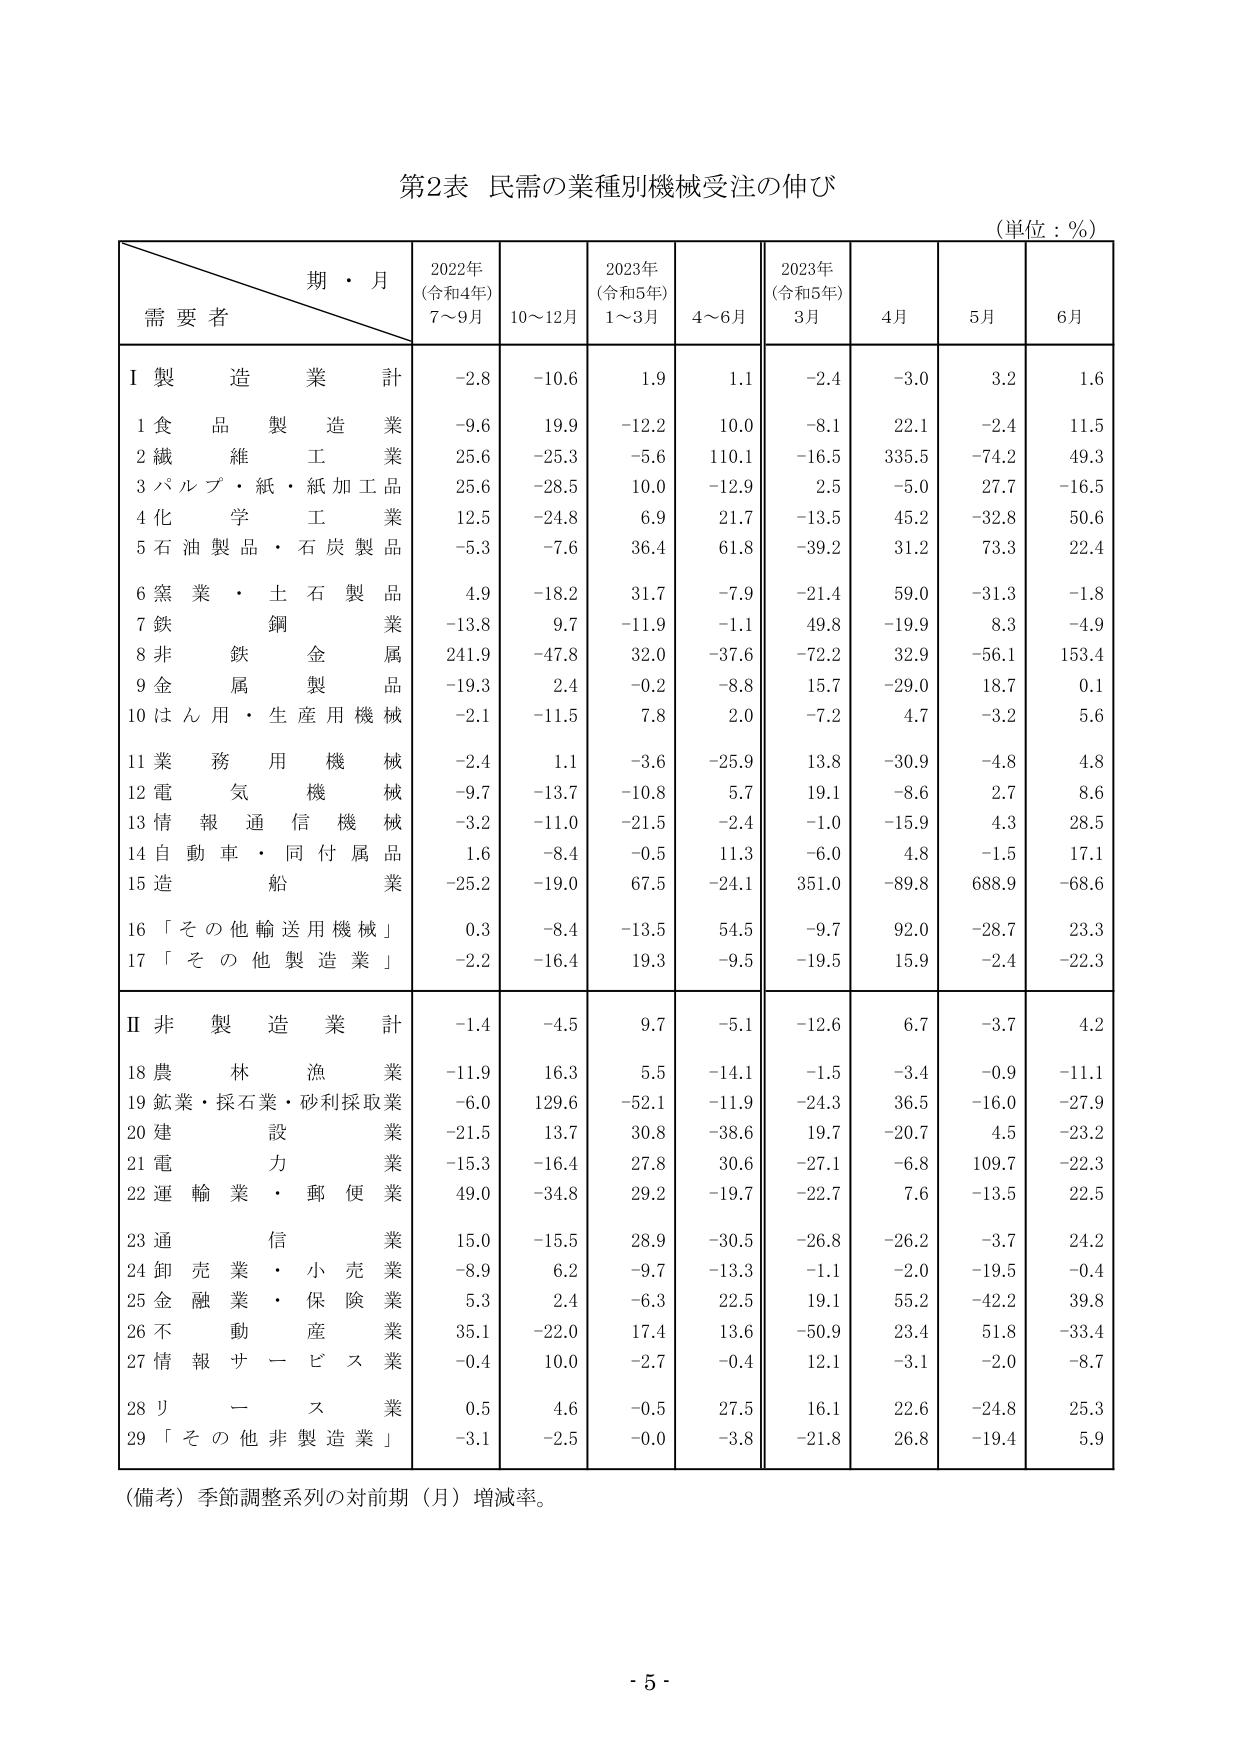
第2表 民需の業種別機械受注の伸び
（単位：％）

期・月
需要者
2022年
（令和4年）
7～9月
10～12月
2023年
（令和5年）
1～3月
4～6月
2023年
（令和5年）
3月
4月
5月
6月

Ⅰ 製造業 計
-2.8
-10.6
1.9
1.1
-2.4
-3.0
3.2
1.6

1 食品製造業
-9.6
19.9
-12.2
10.0
-8.1
22.1
-2.4
11.5

2 繊維工工業
25.6
-25.3
-5.6
110.1
-16.5
335.5
-74.2
49.3

3 パルプ・紙・紙加工品業
25.6
-28.5
10.0
-12.9
2.5
-5.0
27.7
-16.5

4 化学工業
12.5
-24.8
6.9
21.7
-13.5
45.2
-32.8
50.6

5 石油製品・石炭製品
-5.3
-7.6
36.4
61.8
-39.2
31.2
73.3
22.4

6 窯業・土石製品業
4.9
-18.2
31.7
-7.9
-21.4
59.0
-31.3
-1.8

7 鉄鋼業
-13.8
9.7
-11.9
-1.1
49.8
-19.9
8.3
-4.9

8 非鉄金属業
241.9
-47.8
32.0
-37.6
-72.2
32.9
-56.1
153.4

9 金属製品業
-19.3
2.4
-0.2
-8.8
15.7
-29.0
18.7
0.1

10 はん用・生産用機械
-2.1
-11.5
7.8
2.0
-7.2
4.7
-3.2
5.6

11 業務用機械
-2.4
1.1
-3.6
-25.9
13.8
-30.9
-4.8
4.8

12 電気機械
-9.7
-13.7
-10.8
5.7
19.1
-8.6
2.7
8.6

13 情報通信機械
-3.2
-11.0
-21.5
-2.4
-1.0
-15.9
4.3
28.5

14 自動車・同付属品
1.6
-8.4
-0.5
11.3
-6.0
4.8
-1.5
17.1

15 造船業
-25.2
-19.0
67.5
-24.1
351.0
-89.8
688.9
-68.6

16 「その他輸送用機械」
0.3
-8.4
-13.5
54.5
-9.7
92.0
-28.7
23.3

17 「その他製造業」
-2.2
-16.4
19.3
-9.5
-19.5
15.9
-2.4
-22.3

Ⅱ 非製造業 計
-1.4
-4.5
9.7
-5.1
-12.6
6.7
-3.7
4.2

18 農林漁業
-11.9
16.3
5.5
-14.1
-1.5
-3.4
-0.9
-11.1

19 鉱業・採石業・砂利採取業
-6.0
129.6
-52.1
-11.9
-24.3
36.5
-16.0
-27.9

20 建設業
-21.5
13.7
30.8
-38.6
19.7
-20.7
4.5
-23.2

21 電力業
-15.3
-16.4
27.8
30.6
-27.1
-6.8
109.7
-22.3

22 運輸業・郵便業
49.0
-34.8
29.2
-19.7
-22.7
7.6
-13.5
22.5

23 通信業
15.0
-15.5
28.9
-30.5
-26.8
-26.2
-3.7
24.2

24 卸売業・小売業
-8.9
6.2
-9.7
-13.3
-1.1
-2.0
-19.5
-0.4

25 金融業・保険業
5.3
2.4
-6.3
22.5
19.1
55.2
-42.2
39.8

26 不動産業
35.1
-22.0
17.4
13.6
-50.9
23.4
51.8
-33.4

27 情報サービス業
-0.4
10.0
-2.7
-0.4
12.1
-3.1
-2.0
-8.7

28 リース業
0.5
4.6
-0.5
27.5
16.1
22.6
-24.8
25.3

29 「その他非製造業」
-3.1
-2.5
-0.0
-3.8
-21.8
26.8
-19.4
5.9

（備考）季節調整系列の対前期（月）増減率。

- 5 -